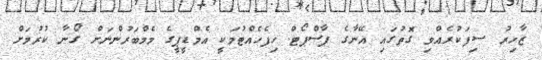
ޒާހިރު ސިފަކުރެއްވި ގޮތުގައި އޭނާގެ ޕާސްޕޯޓް ހިފެހެއްޓުމަކީ އެމްޑީޕީގެ މެމްބަރުންނަށް ގޯނާ ކުރުމަށް